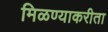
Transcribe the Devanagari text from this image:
मिळण्याकरीता